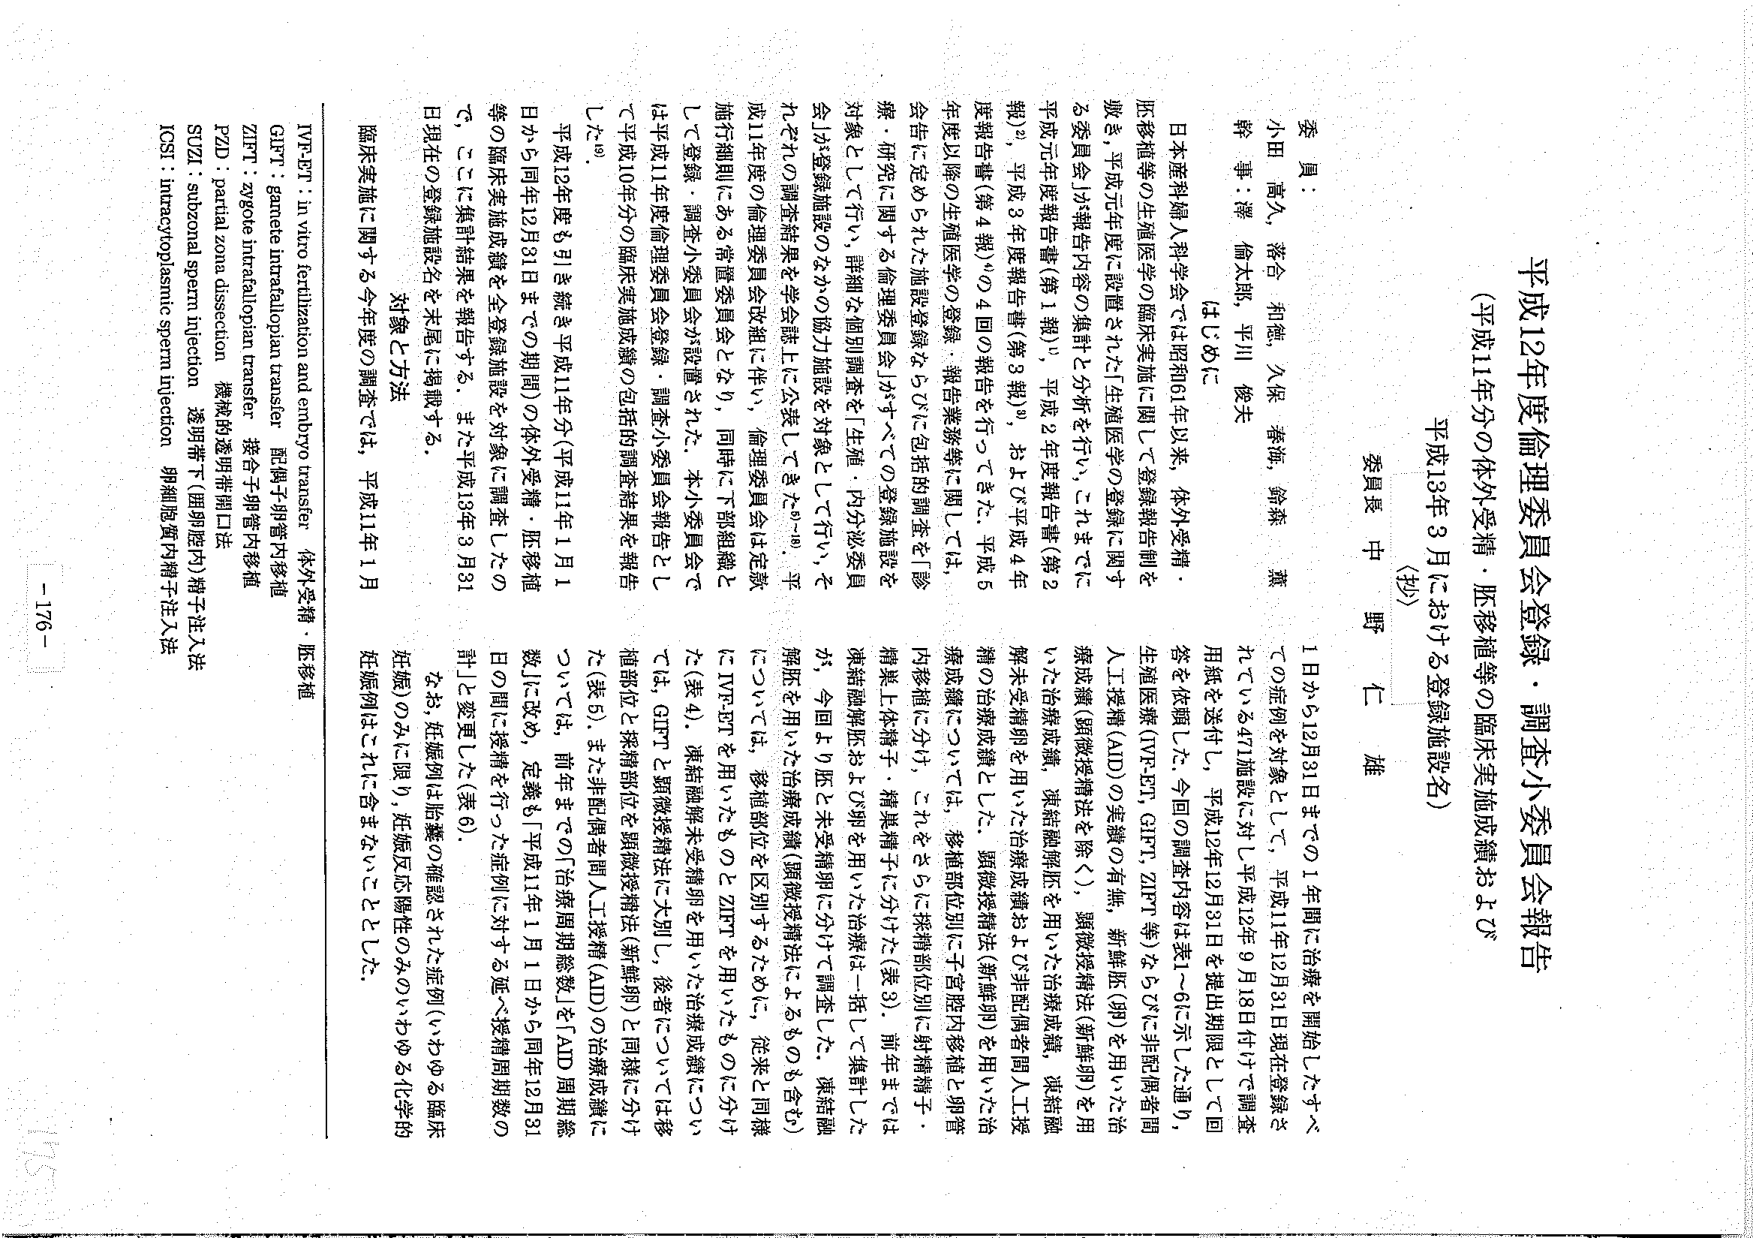
平成12年度倫理委員会登録・調査小委員会報告
（平成11年分の体外受精・胚移植等の臨床実施成績および
平成13年3月における登録施設名）
（抄）

委員長 中野 仁雄

委員：
小田 高人，落合 利徳，久保 春海，鈴森 蒼
幹事：澤 倫太郎，平川 俊夫

はじめに

日本産科婦人科学会では昭和61年以来，体外受精・胚移植等の生殖医学の臨床実施に関して登録報告制を敷き，平成元年度に設置された「生殖医学の登録に関する委員会」が報告内容の集計と分析を行い，これまでに平成2年度報告書（第1報）”，平成2年度報告書（第2報）”，平成3年度報告書（第3報）”，および平成4年度報告書（第4報）”の4回の報告を行ってきた。平成5年度以降の生殖医学の登録・報告業務等に関しては，会告に定められた施設登録ならびに包括的調査を「診療・研究に関する倫理委員会」がすべての登録施設を対象として行い，詳細な個別調査を「生殖・内分泌委員会」は登録施設のなかの協力施設を対象として行い，それぞれの調査結果を学会誌上に公表してきた[5]～[8]。平成11年度の倫理委員会改組に伴い，倫理委員会は定款施行細則にある常置委員会となり，同時に下部組織として登録・調査小委員会が設置された。本小委員会では平成11年度倫理委員会登録・調査小委員会報告として平成10年分の臨床実施成績の包括的調査結果を報告した[9]。

平成12年度も引き続き平成11年分（平成11年1月1日から同年12月31日までの期間）の体外受精・胚移植等の臨床実施成績を全登録施設を対象に調査したので，ここに集計結果を報告する。また平成13年3月31日現在の登録施設名を末尾に掲載する。

対象と方法

臨床実施に関する今年度の調査では，平成11年1月1日から12月31日までの1年間に治療を開始したすべての症例を対象として，平成11年12月31日現在登録されている471施設に対し平成12年9月18日付けで調査用紙を送付し，平成12年12月31日を提出期限として回答を依頼した。今回の調査内容は表1～6に示した通り，生殖医療（IVF-ET，GIFT，ZIFT等）ならびに非配偶者間人工授精（AID）の実績の有無，新鮮胚（卵）を用いた治療成績（顕微授精法を除く），顕微授精法（新鮮卵）を用いた治療成績，凍結融解胚を用いた治療成績，凍結融解未受精卵を用いた治療成績および非配偶者間人工授精の治療成績とした。顕微授精法（新鮮卵）を用いた治療成績については，移植部位別に子宮腔内移植と卵管内移植に分け，これをさらに採精部位別に射精精子・精巣上体精子・精巣精子に分けた（表3）。前年までは凍結融解胚および卵を用いた治療は一括して集計したが，今回より胚と未受精卵に分けて調査した。凍結融解胚を用いた治療成績（顕微授精法によるものを含む）については，移植部位を区別するために，従来と同様にIVF-ETを用いたものとZIFTを用いたものに分けた（表4）。凍結融解未受精卵を用いた治療成績については，GIFTと顕微授精法に大別し，後者については移植部位と採精部位を顕微授精法（新鮮卵）と同様に分けた（表5）。また非配偶者間人工授精（AID）の治療成績については，前年までの「治療周期総数」を「AID周期総数」に改め，定義を「平成11年1月1日から同年12月31日間に授精を行った症例に対する延べ授精周期数の計」と変更した（表6）。

なお，妊娠例は胎嚢の確認された症例（いわゆる臨床妊娠）のみに限り，妊娠反応陽性のみのいわゆる化学的妊娠例はこれに含まれないこととした。

IVF-ET：in vitro fertilization and embryo transfer 体外受精・胚移植
GIFT：gamete intrafallopian transfer 配偶子卵管内移植
ZIFT：zygote intrafallopian transfer 接合子卵管内移植
PZD：partial zona dissection 腹膜的透明帯開口法
SIZI：subzonal sperm injection 透明帯下（亜卵膜内）精子注入法
ICSI：intracytoplasmic sperm injection 卵細胞質内精子注入法

- 176 -